Indian journal of veterinary science and animal husbandry - Volume 11,
Year: 1941
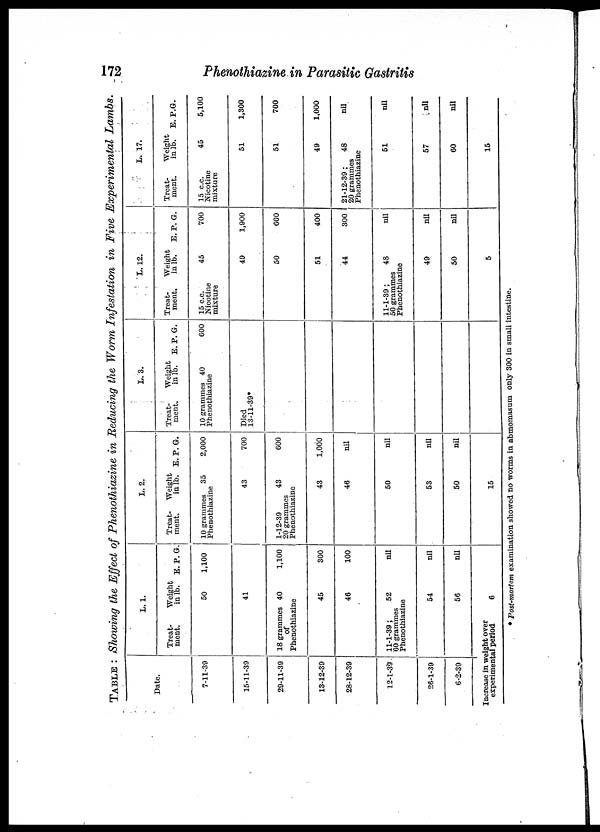
172
Phenothiazine in Parasitic Gastritis
TABLE : Showing the Effect of Phenothiazine in Reducing the Worm Infestation in Five Experimental Lambs.
Date.
7-11-39
15-11-39
29-11-39
13-12-39
28-12-39
12-1-39
26-1-39
6-2-39
L. 1.
Treat-
ment.
18 grammes
of
Phenothiazine
11-1-39;
60 grammes
Phenothiazine
Increase in weight over
experimental period
Weight
in lb.
50
41
40
45
46
52
54
56
6
E. P. G.
1,100
1,100
300
100
nil
nil
nil
L. 2.
Treat-
ment.
10 grammes
Phenothiazine
1-12-39
20 grammes
Phenothiazine
Weight
in lb.
35
43
43
43
46
50
53
50
15
E. P. G.
2,000
700
600
1,000
nil
nil
nil
nil
L. 3.
Treat-
ment.
10 grammes
Phenothiazine
Died
13-11-39*
Weight
in lb.
40
E. P. G.
600
L. 12.
Treat-
ment.
15 c.c.
Nicotine
mixture
11-1-39;
50 grammes
Phenothiazine
Weight
in lb.
45
49
50
51
44
48
49
50
5
E. P. G.
700
1,900
600
400
300
nil
nil
nil
L. 17.
Treat-
ment.
15 c.c.
Nicotine
mixture
21-12-39;
20 grammes
Phenothiazine
Weight
in lb.
45
51
51
49
48
51
57
60
15
E. P.G.
5,100
1,300
700
1,000
nil
nil
nil
nil
* Post-mortem examination showed no worms in abmomasum only 300 in small intestine.